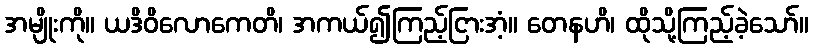
အမျိုးကို။ ယဒိဝိလောကေတိ၊ အကယ်၍ကြည့်ငြားအံ့။ တေနဟိ၊ ထိုသို့ကြည့်ခဲ့သော်။